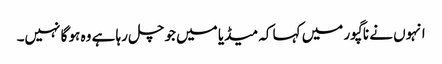
انہوں نے ناگپور میں کہا کہ میڈیا میں جو چل رہا ہے وہ ہو گا نہیں۔